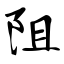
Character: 阻